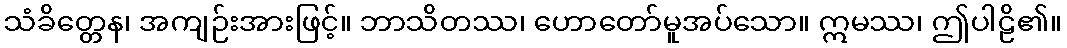
သံခိတ္တေန၊ အကျဉ်းအားဖြင့်။ ဘာသိတဿ၊ ဟောတော်မူအပ်သော။ ဣမဿ၊ ဤပါဠိ၏။